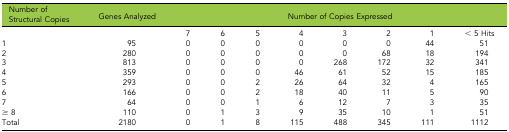
| Number of Structural Copies | Genes Analyzed | <COLSPAN=8> Number of Copies Expressed |
 | --- | --- | --- | --- | --- | --- | --- | --- | --- | --- |
 |  |  | 7 | 6 | 5 | 4 | 3 | 2 | 1 | < 5 Hits |
 | 1 | 95 | 0 | 0 | 0 | 0 | 0 | 0 | 44 | 51 |
 | 2 | 280 | 0 | 0 | 0 | 0 | 0 | 68 | 18 | 194 |
 | 3 | 813 | 0 | 0 | 0 | 0 | 268 | 172 | 32 | 341 |
 | 4 | 359 | 0 | 0 | 0 | 46 | 61 | 52 | 15 | 185 |
 | 5 | 293 | 0 | 0 | 2 | 26 | 64 | 32 | 4 | 165 |
 | 6 | 166 | 0 | 0 | 2 | 18 | 40 | 11 | 5 | 90 |
 | 7 | 64 | 0 | 0 | 1 | 6 | 12 | 7 | 3 | 35 |
 | ≥ 8 | 110 | 0 | 1 | 3 | 9 | 35 | 10 | 1 | 51 |
 | Total | 2180 | 0 | 1 | 8 | 115 | 488 | 345 | 111 | 1112 |